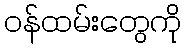
ဝန်ထမ်းတွေကို